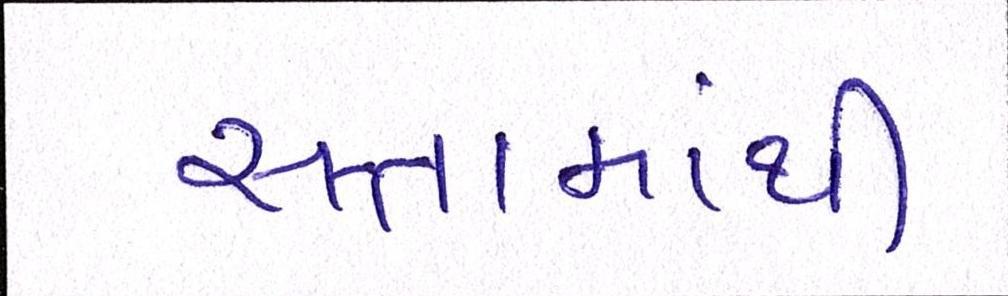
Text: સત્તામાંથી